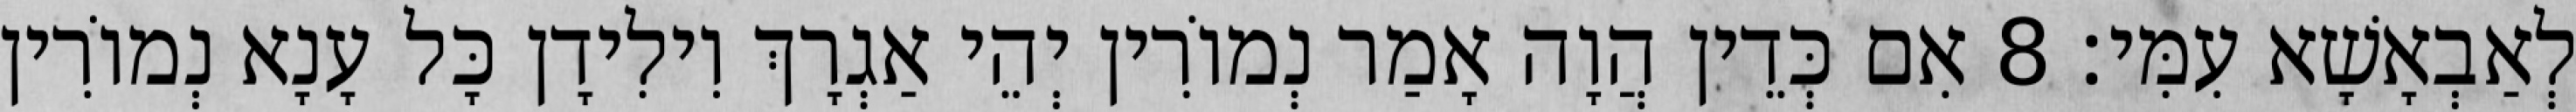
לְאַבְאָשָׁא עִמִּי׃ 8 אִם כְּדֵין הֲוָה אָמַר נְמוֹרִין יְהֵי אַגְרָךְ וִילִידָן כָּל עָנָא נְמוֹרִין